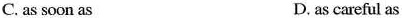
C. as soon as D. as careful as